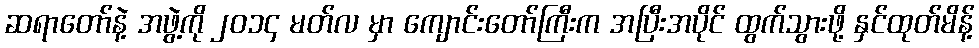
ဆရာတော်နဲ့ အဖွဲ့ကို ၂၀၁၄ မတ်လ မှာ ကျောင်းတော်ကြီးက အပြီးအပိုင် ထွက်သွားဖို့ နှင်ထုတ်မိန့်